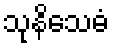
သုနိသေဓံ